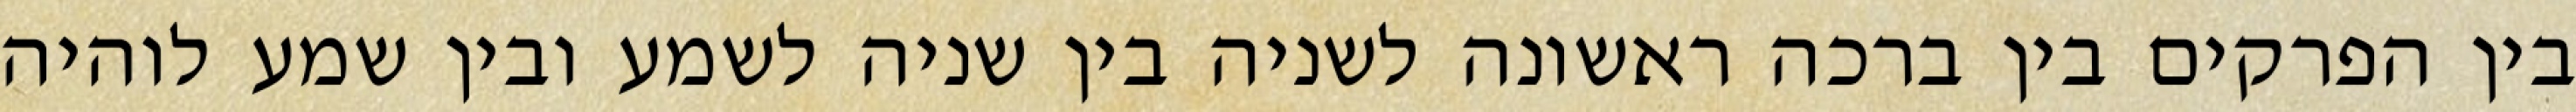
בין הפרקים בין ברכה ראשונה לשניה בין שניה לשמע ובין שמע לוהיה